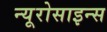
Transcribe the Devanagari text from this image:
न्यूरोसाइन्स